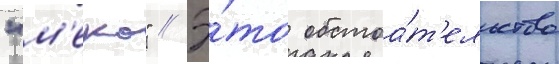
"м'еко" // Э́то обстоа́т'ельство